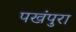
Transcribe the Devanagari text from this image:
पखंपुरा